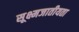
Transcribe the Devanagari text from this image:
सूक्ष्मजातीयता